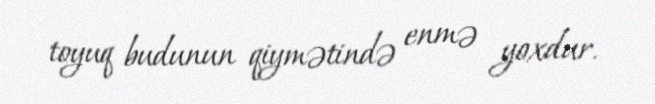
toyuq budunun qiymətində enmə yoxdur.